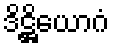
ဒိဋ္ဌိယောဂံ